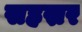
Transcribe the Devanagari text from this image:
सहस्रर